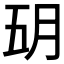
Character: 𬁶